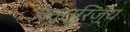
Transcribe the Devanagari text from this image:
अनुत्रिज्य